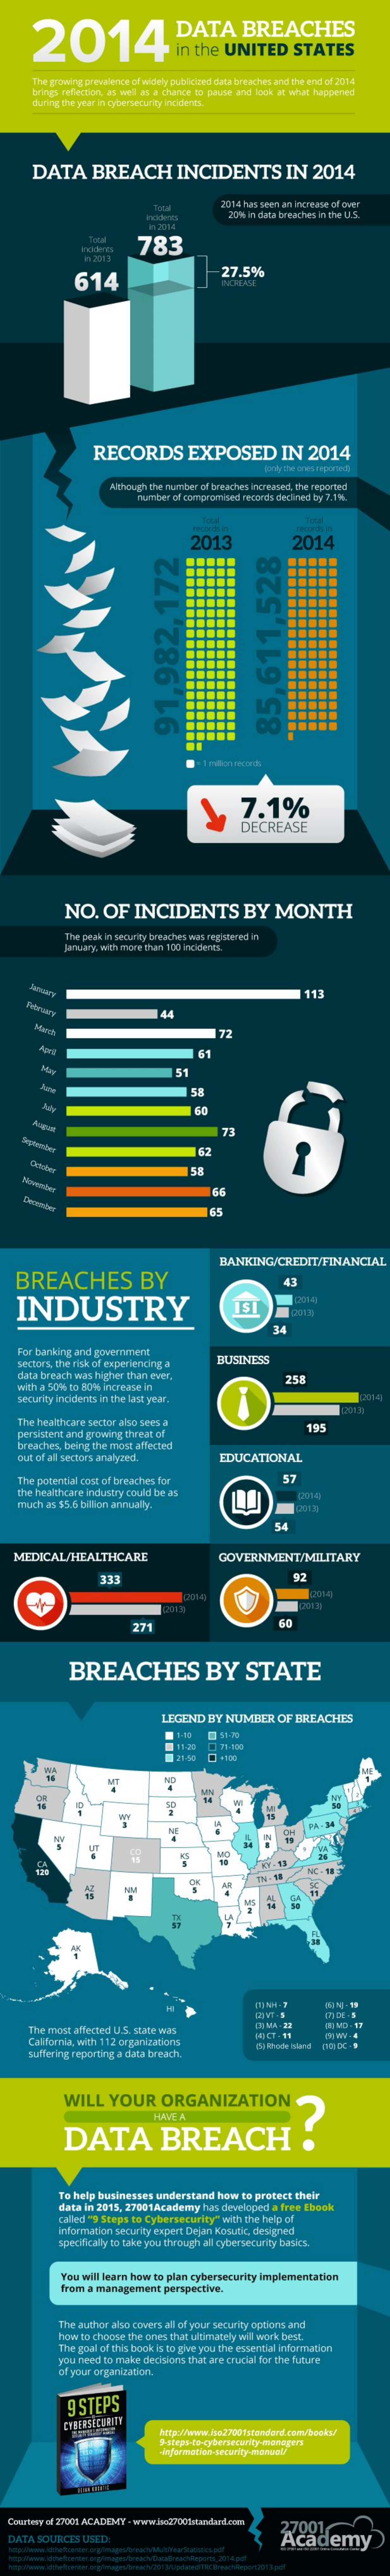
2014    DATA    BREACHES
     in the   UNITED    STATES
     The growing prevalence of widely publicized dada breathes and the end of 2014
     brings reflection, as well as a chance to pause and look at what happened
     during the year in cybersecurity incidents.
     DATA    BREACH    INCIDENTS    IN   2014
     201-4 huis sin an incraine of aver
     20% in data breaches in the U.S.
     783
     614
     27.5%
     RECORDS    EXPOSED    IN    2014
     Although the number of breaches increased, the reported
     number of compromised records dedined by 7.1%.
     2013    2014
     85,611,528 91.982.172
     7.1%
     DECREASE
     NO.    OF    INCIDENTS    BY    MONTH
     Bak in security breaches was registered in
     January, with more than 100 incidents.
     113
     144
     72
     151
     58
     62
     58
     165
   BREACHES    BY
     BANKING/CREDIT/FINANCIAL
     43
   INDUSTRY
     34
    For banking and government
    sectors, the risk of experiencing. a   BUSINESS
    data breach ws higher than ever.
    with a 50%% to 80% increvese in
     254
    security incidents in the last year.
    The healthcare sector also sees a
    parshitint and growing threat of
     195
    breaches, being the most affected
    put of all sectors analyzed.    EDUCATIONAL
    The potential cont of breaches for    57
    the healthcare industry could be ans
    much as $5.6 billion annually.
     2014
     54
   MEDICAL/HEALTHCARE    GOVERNMENT/MILITARY
     333    92
     271
     BREACHES    BY    STATE
     LEGEND  BY  NUMBER    OF  BREACHES
     71:180
     4100
     MI    NP
     59
     FA . 34
     NC .
     The most affected U.S. state was    IN MA . 23
     California, with 112 organizations
     1OCT -11
     suffering reporting a data breach.
     60 Frode bland
     WILL    YOUR    ORGANIZATION
     DATA    BREACH    ?
     HAVE A
     To help businesses understand  how  to protect their
     data in 2015, 27001Academy  has developed a free Ebook
     called "3 Steps to Cybersecurity" with the help of
     Information security expert Dejan Kosunt, designed
     specifically to take you through all cybersecurity banks.
     You will learn how to plan cybersecurity implementation
     from a management   perspective.
     The author also covers all of your security options and
     how to choose the ones that ultimately will work best.
     The goal of this book is to give you the essential information
     you need to make decisions that are crucial for the future
     of your organization,
     9 STEPS
  DATA  SOURCES  USED:    Academy